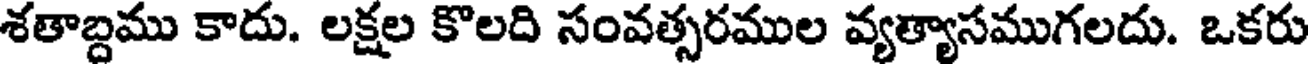
శతాబ్దము కాదు. లక్షల కొలది సంవత్సరముల వ్యత్యాసముగలదు. ఒకరు